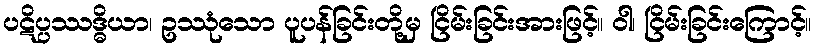
ပဋိပ္ပဿဒ္ဓိယာ၊ ဥဿုံသော ပူပန်ခြင်းတို့မှ ငြိမ်းခြင်းအားဖြင့်။ ဝါ၊ ငြိမ်းခြင်းကြောင့်။